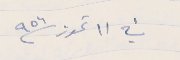
في ١١ تموز سنة ٩٥٦